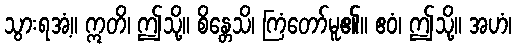
သွားရအံ့။ ဣတိ၊ ဤသို့။ စိန္တေသိ၊ ကြံတော်မူ၏။ ဧဝံ၊ ဤသို့။ အဟံ၊